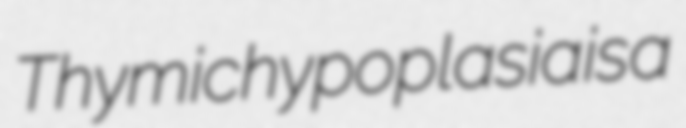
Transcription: Thymic hypoplasia is a